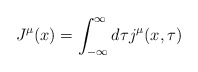
\begin{align*}J^{\mu}(x)=\int_{-\infty}^{\infty} d\tau j^{\mu}(x,\tau)\end{align*}